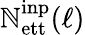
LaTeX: \mathbb{N}_{\mathrm{{ett}}}^{\mathrm{{inp}}}(\ell)